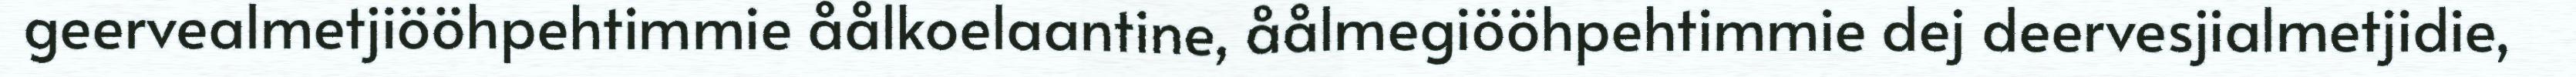
geervealmetjiööhpehtimmie åålkoelaantine, åålmegiööhpehtimmie dej deervesjialmetjidie,